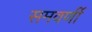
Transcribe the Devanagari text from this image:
समवर्णी